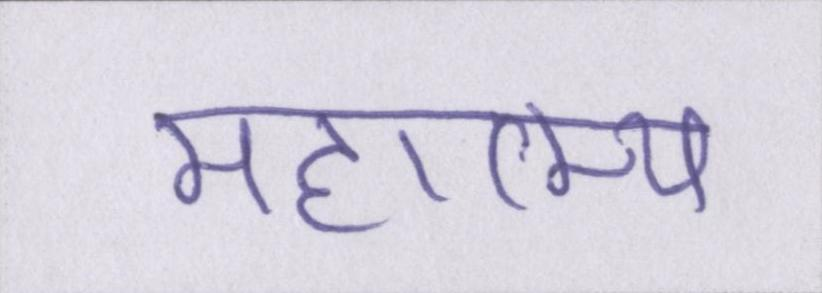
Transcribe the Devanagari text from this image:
महात्म्य